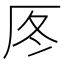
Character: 𠩁